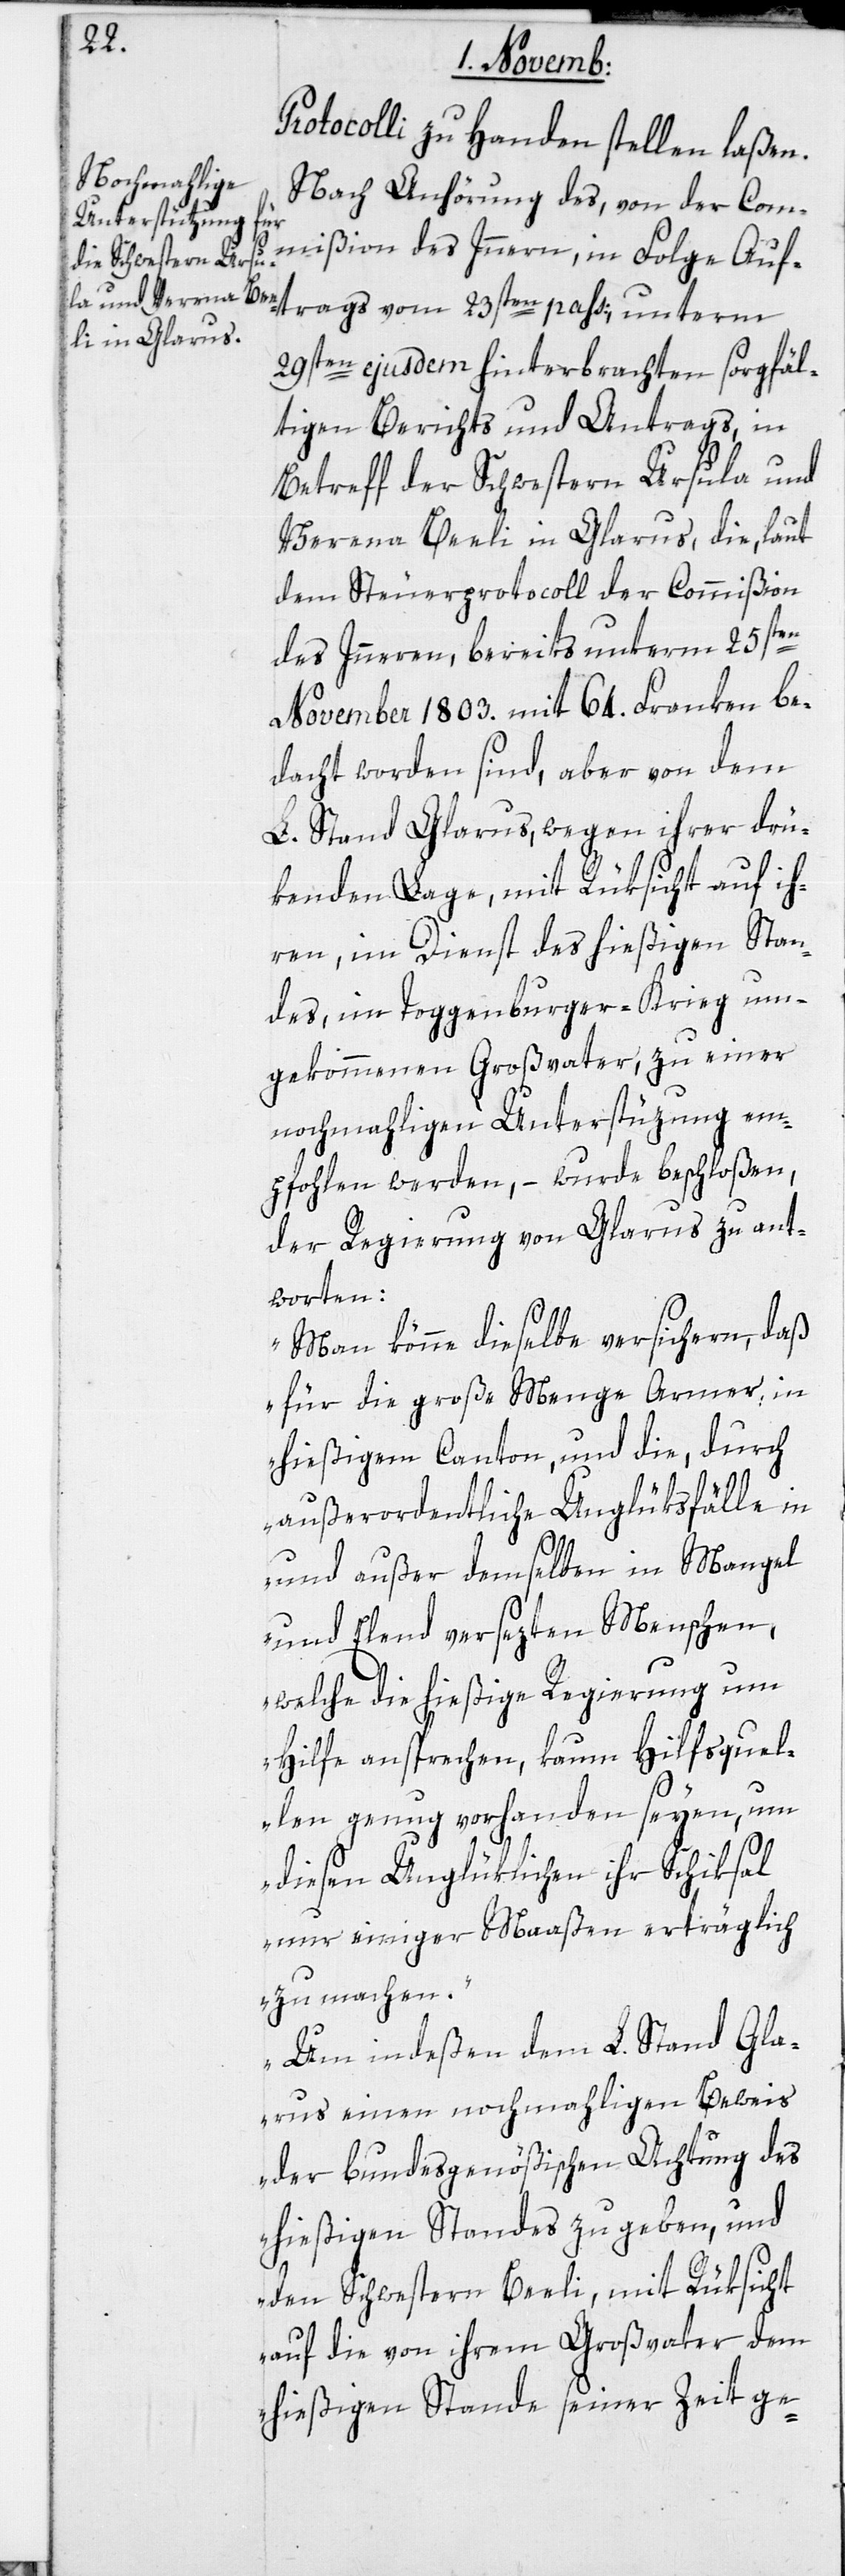
Protocolli zu Handen stellen laßen.
Nach Anhörung des, von der Com¬
mißion des Inneren, in Folge Auf¬
trags vom 23sten pass:, unterm
29sten ejusdem hinterbrachten sorgfäl¬
tigen Berichts und Antrags, in
Betreff der Schwestern Ursula und
Verena Beeli, in Glarus, die laut
dem Steuerprotocoll der Commißion
des Inneren, bereits unterm 25sten
November 1803. mit 64. Franken be¬
dacht worden sind, aber von dem
L. Stand Glarus, wegen ihrer drü¬
kenden Lage, mit Rüksicht auf ih¬
ren im Dienst des hießigen Stan¬
des, im Toggenburger-Krieg um¬
gekommenen Großvater, zu einer
nochmahligen Unterstützung em¬
pfohlen werden, – wurde beschloßen,
der Regierung von Glarus zu ant¬
worten:
„Man könne dieselbe versichern, daß
für die große Menge Armer in
hießigem Canton, und die, durch
außerordentliche Unglüksfälle in
und außer demselben in Mangel
und Elend versezten Menschen,
welche die hießige Regierung um
Hilfe ansprechen, kaum Hilfsquel¬
len genug vorhanden seyen, um
diesen Unglüklichen ihr Schiksal
nur einiger Maaßen erträglich
zu machen.
Um indeßen dem L. Stand Gla¬
rus einen nochmahligen Beweis
der bundesgenößischen Achtung des
hießigen Standes zu geben, und
den Schwestern Beeli, mit Rüksicht
auf die von ihrem Großvater dem
hießigen Stande seiner Zeit ge-